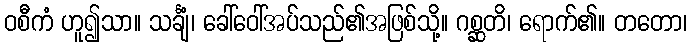
ဝစီကံ ဟူ၍သာ။ သင်္ချံ၊ ခေါ်ဝေါ်အပ်သည်၏အဖြစ်သို့။ ဂစ္ဆတိ၊ ရောက်၏။ တတော၊